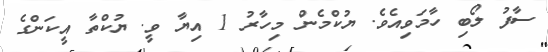
ސާފު ލޯބި ހާމަވިއެވެ. ޔުކްމެން މިހާރު 1 އިޔާ ވީ. ޔުކްތާ އީކަންގެ